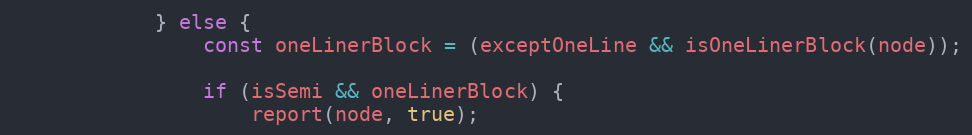
Language: JavaScript
            } else {
                const oneLinerBlock = (exceptOneLine && isOneLinerBlock(node));

                if (isSemi && oneLinerBlock) {
                    report(node, true);